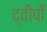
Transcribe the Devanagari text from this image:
द्वीपोँ